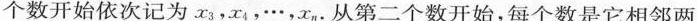
个数开始依次记为x_{3}，x_{4}，…，x_{n}。从第二个数开始，每个数是它相邻两